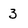
Character: 3